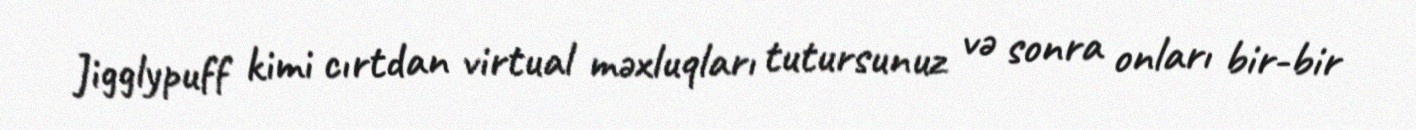
Jigglypuff kimi cırtdan virtual məxluqları tutursunuz və sonra onları bir-bir